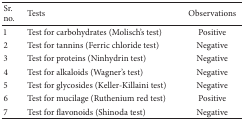
<table><thead><tr><td><b>Sr. no.</b></td><td><b>Tests</b></td><td><b>Observations</b></td></tr></thead><tbody><tr><td>1</td><td>Test for carbohydrates (Molisch&#x27;s test)</td><td>Positive</td></tr><tr><td>2</td><td>Test for tannins (Ferric chloride test)</td><td>Negative</td></tr><tr><td>3</td><td>Test for proteins (Ninhydrin test)</td><td>Negative</td></tr><tr><td>4</td><td>Test for alkaloids (Wagner&#x27;s test)</td><td>Negative</td></tr><tr><td>5</td><td>Test for glycosides (Keller-Killaini test)</td><td>Negative</td></tr><tr><td>6</td><td>Test for mucilage (Ruthenium red test)</td><td>Positive</td></tr><tr><td>7</td><td>Test for flavonoids (Shinoda test)</td><td>Negative</td></tr></tbody></table>